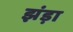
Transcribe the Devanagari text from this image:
झंड़ा